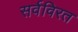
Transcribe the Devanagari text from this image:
सर्वविरत